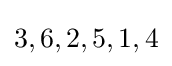
3,6,2,5,1,4